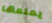
يعلمها